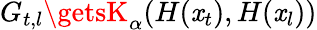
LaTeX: G_{t,l}\getsK_{\alpha}(H(\mathit{x}_{t}),H(\mathit{x}_{l}))